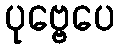
ပုဗ္ဗေပေ